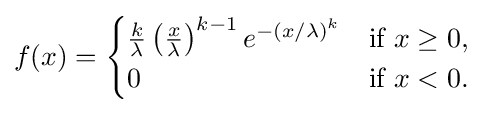
f(x)={\begin{cases}{\frac {k}{\lambda }}\left({\frac {x}{\lambda }}\right)^{k-1}e^{-(x/\lambda )^{k}}&{\text{if }}x\geq 0,\\0&{\text{if }}x<0.\end{cases}}